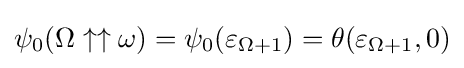
\psi _{0}(\Omega \uparrow \uparrow \omega )=\psi _{0}(\varepsilon _{\Omega +1})=\theta (\varepsilon _{\Omega +1},0)